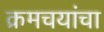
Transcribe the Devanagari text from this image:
क्रमचयांचा